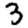
Digit: 3